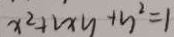
x ^ { 2 } + 2 x y + y ^ { 2 } = 1